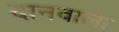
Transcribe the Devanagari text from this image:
दानवाला